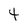
Character: t